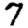
Digit: 7